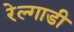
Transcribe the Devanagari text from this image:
रेल्गाडी